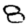
Digit: 8